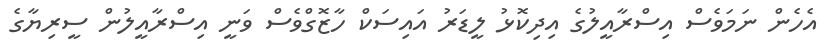
އެހެން ނަަމަވެސް އިސްރާއީލުގެ އިދިކޮޅު ލީޑަރު އައިސަކް ހާޒޮގްވެސް ވަނީ އިސްރާއީލުން ސީރިޔާގެ